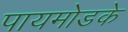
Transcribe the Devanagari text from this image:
पायमोडके